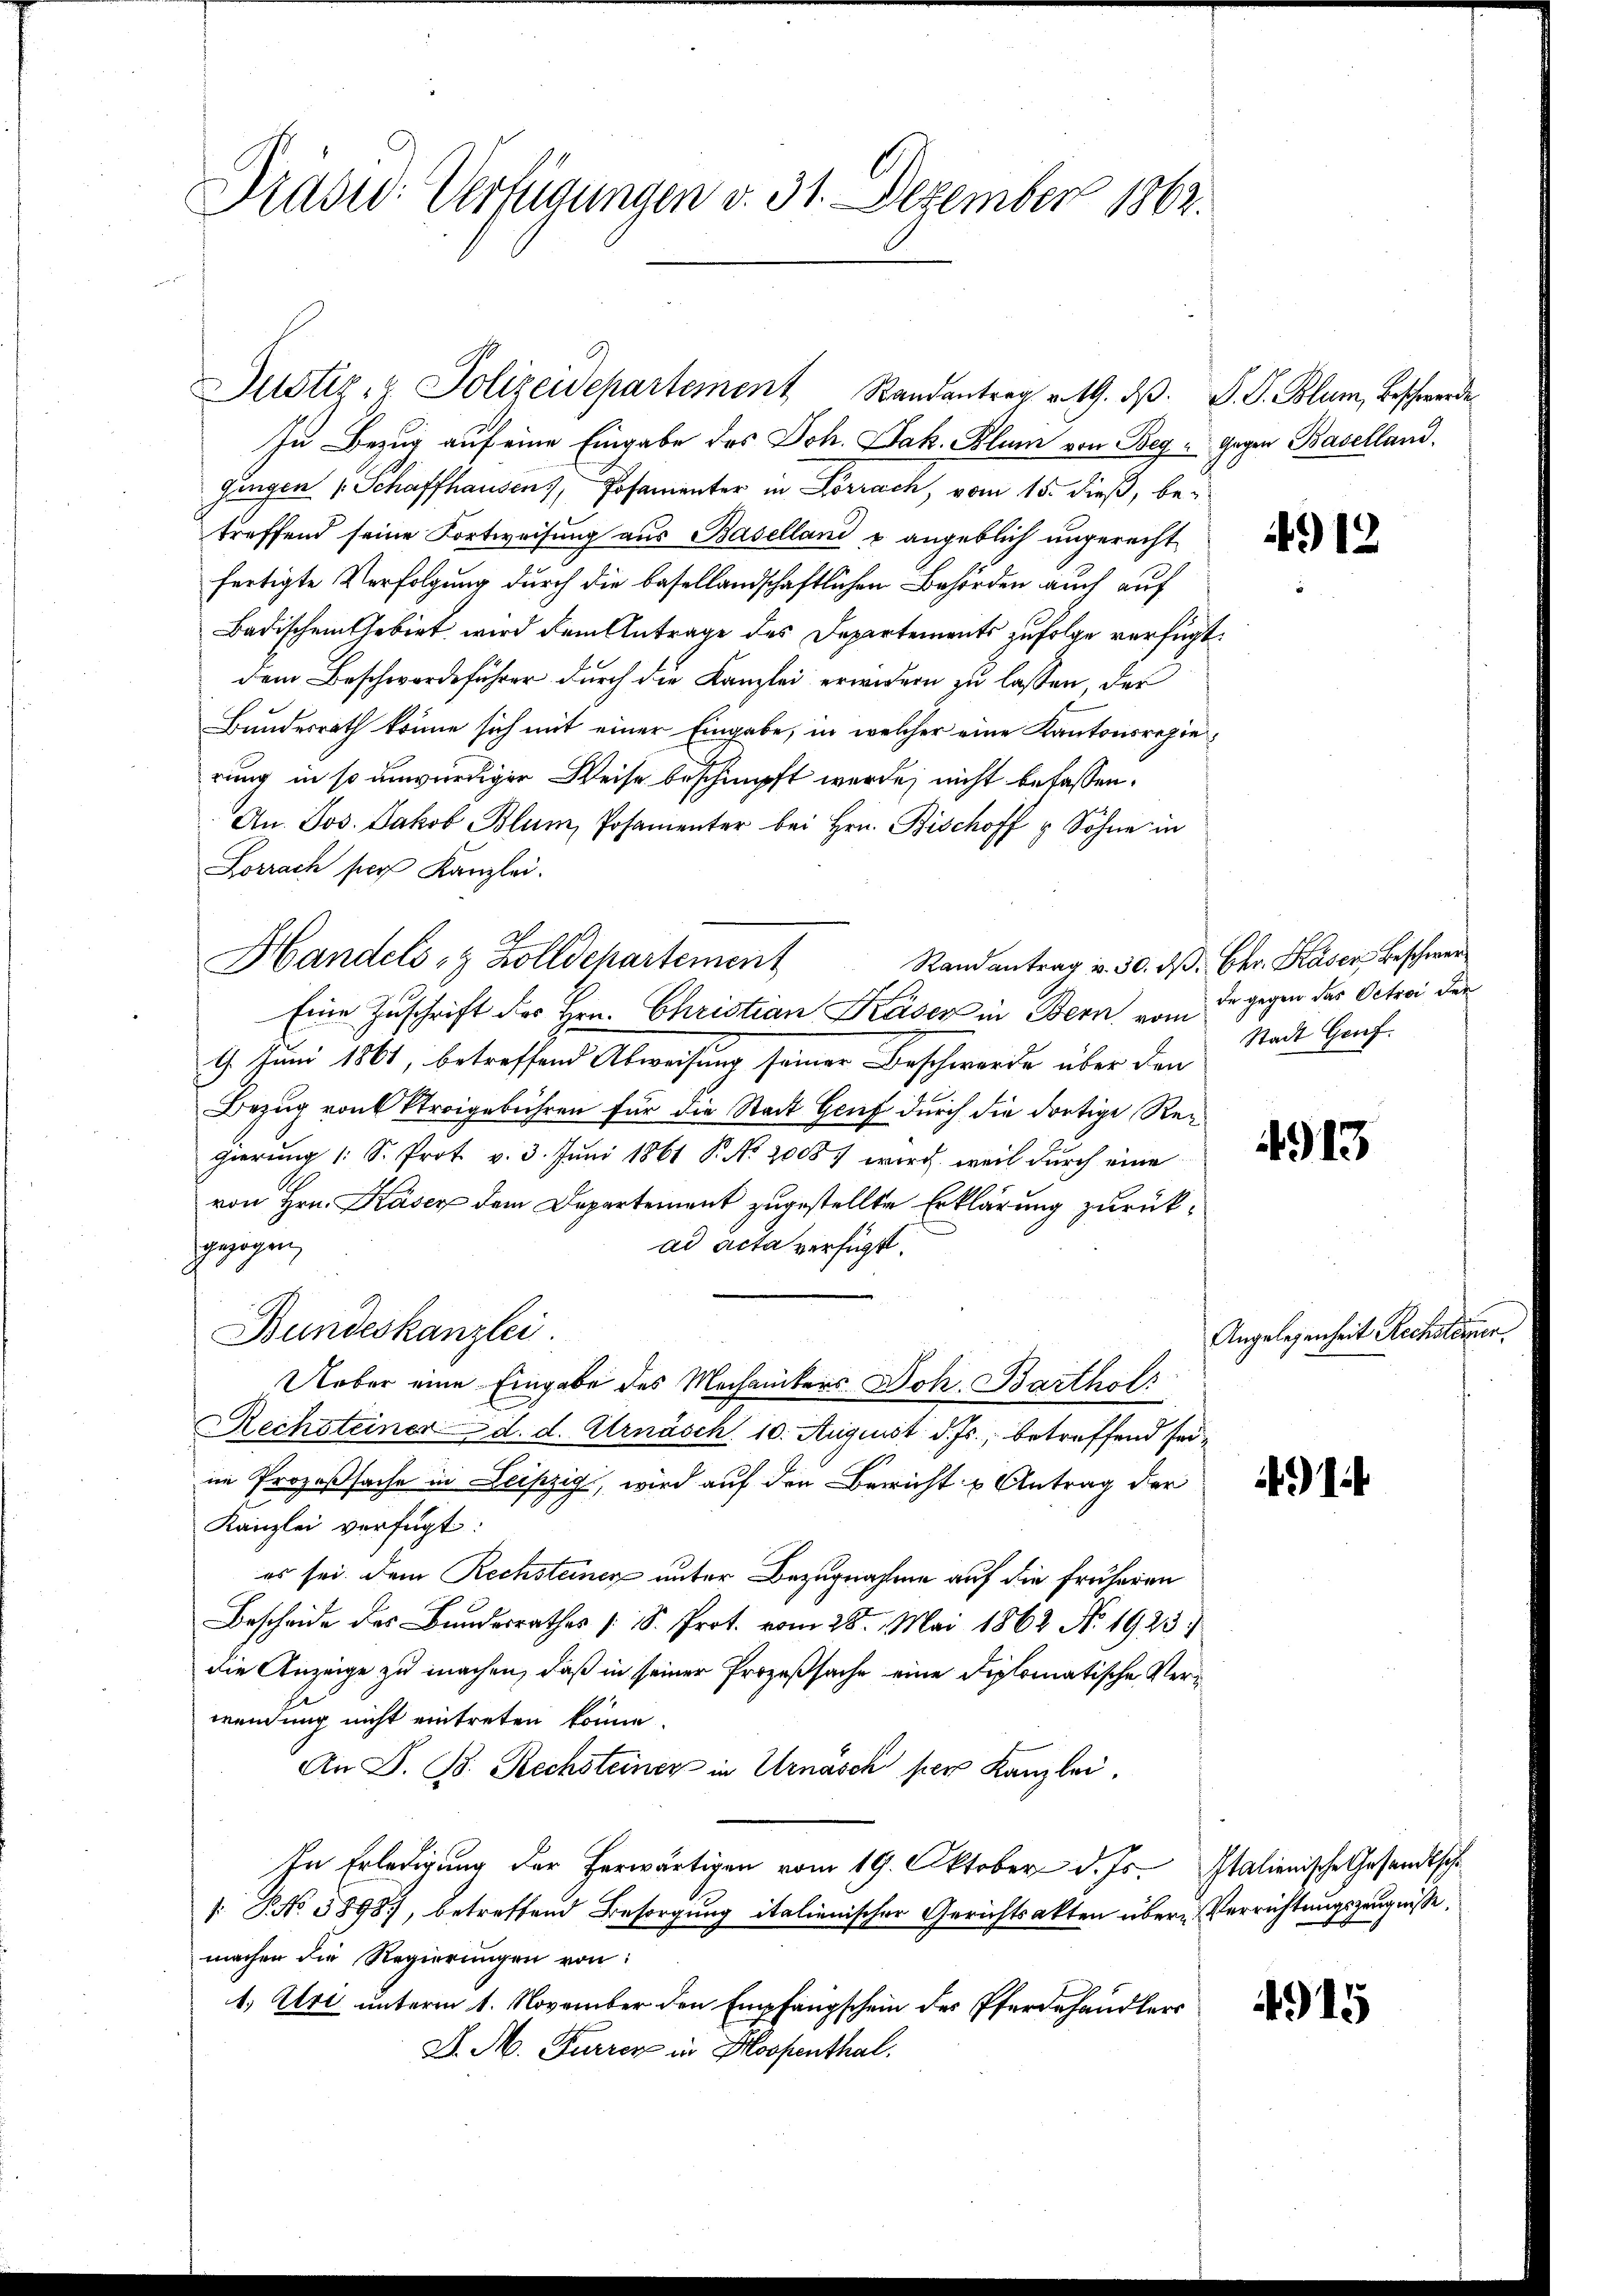
Präsid. Verfügungen v. 31. Dezember 1862.

In Bezug auf eine Eingabe des Joh. Jak. Blum von Beg" gegen Baselland.
gingen Schaffhausen, Posamenter in Lörrach, vom 15. dieß, betreffend seine Fortweisung aus Baselland u. angeblich ungerecht
fertigte Verfolgung durch die basellandschaftlichen Behörden auch auf
Badischen Arbiet wird dem Antrage des Departements zufolge verfügt:
dem Beschwerdeführer durch die Kanzlei erwidern zu lassen, der
Bundesrath könne sich mit einer Eingabe, in welcher eine Kantonsregierung in so unwürdiger Weise beschimpft werde; nicht befassen.
An. Jos. Jakob Blum, Posamenter bei Hrn. Bischoff u. Sohne in
Lorrach per Kanzlei.
Handels- & Zolldepartement
Randantrag v. 30. d. Chr. Kaser Beschwer
Eine Zuschrift des Hrn. Christian Käser in Bern vom J. gegen das Octroi den
1. Juni 1861, betreffend Abweisung seiner Beschwerde über den
Bezug von Streigebühren für die Stadt Genf durch die dortige Reigierung 1 S. Prot. v. 3. Juni 1861 P. No. 20087 wird, weil durch eine
von Hrn. Kaser dem Departement zugestellte Erklärung zurückswegen
ad acta verfügt:
Bundeskanzlei.
Ueber eine Eingabe des Mechanikers Joh. Barthol
Rechsteiner d. d. Ernäsch. 10. August d. Js., betreffend seiim Prozeßsache in Leipzig, wird auf den Bericht u Antrag der
Kanzlei verfügt:
es sei. Dem Rechsteiner unter Bezugnahme auf die früheren
Bescheide des Bundesrathes [S. Prot. vom 28. Mai 1862 No. 1925.
die Anzeige zu machen, daß in seiner Prozeßsache eine diplomatische Verwendung nicht eintreten könne.
An S. B. Rechsteiner in Urnasch per Kanzlei.
In Erledigung der herwärtigen vom 19. Oktober d. Js. Italienische Gesandtsche
1 No 3898), betreffend Besorgung italienischer Gerichtsakten über Verrichtungszeugnisse,
machen die Regierungen von:
1.) Uri unterm 1. November den Empfangschein des Pferdehändlers
J. M. Furren in Hospenthal.

Justiz- & Polizeidepartement Randantrag v. 19. dβ. S. S. Blum, Beschwerde

913.

Stadt Genf.

4913

Angelegenheit Rechsteuer

491

4915